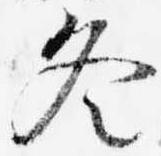
冬